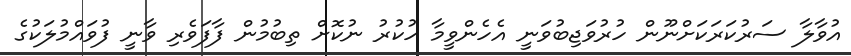
އުވާލާ ސަރުކަަރަކަށްނޫން ހުރުވަަޖިބުވަނީ އެހެންވީމާ ހުކުރު ނުކޮށް ތިބުމުން ފާފަވެރި ވާނީ ފުވައްމުލަކުގެ